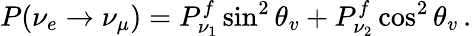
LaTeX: P(\nu_{e}\rightarrow\nu_{\mu})=P_{\nu_{1}}^{f}\sin^{2}\theta_{v}+P_{\nu_{2}}^{f}\cos^{2}\theta_{v}\, .